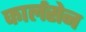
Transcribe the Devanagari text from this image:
कार्लसेन